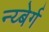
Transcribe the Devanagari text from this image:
न्य्बेर्ग